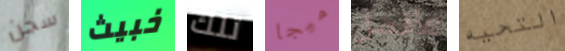
سجن خبيث تلك ميجا للأفضل التحيه